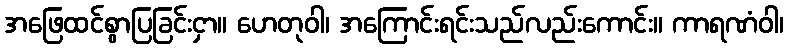
အဖြေထင်စွာပြခြင်းငှာ။ ဟေတုဝါ၊ အကြောင်းရင်းသည်လည်းကောင်း။ ကာရဏံဝါ၊